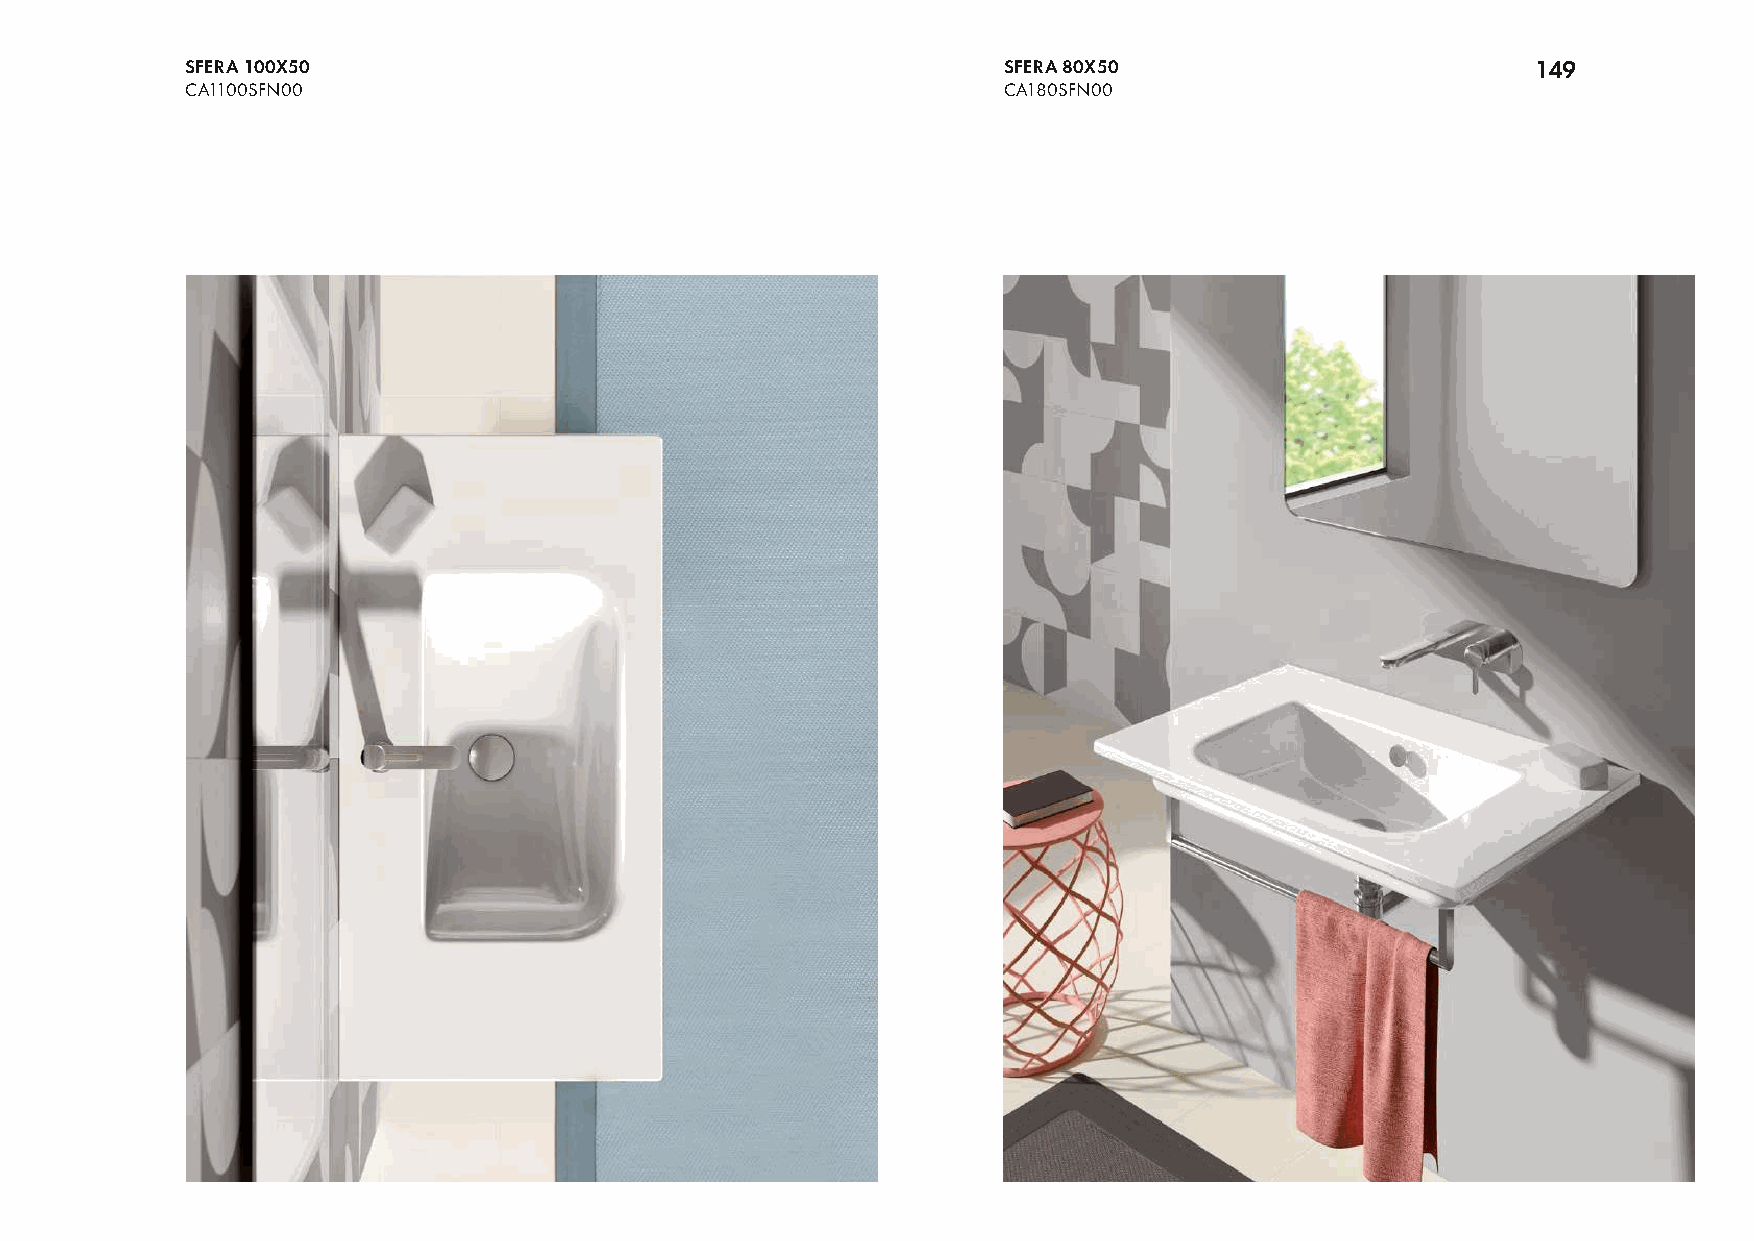
SFERA 100X50                                          SFERA 80X50                         149
 CA1100SFN00                                           CA180SFN00